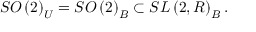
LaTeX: S O \left( 2 \right) _ { U } = S O \left( 2 \right) _ { B } \subset S L \left( 2 , R \right) _ { B } .